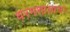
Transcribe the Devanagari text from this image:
धरमशालाला